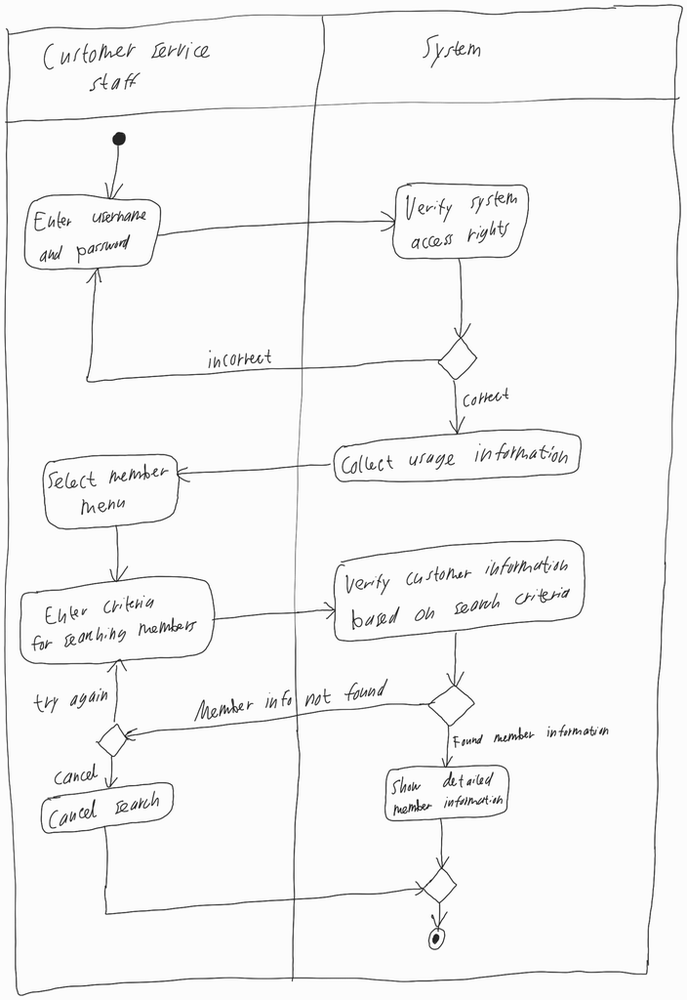
Diagram type: activity_diagram
```plantuml
@startuml

|Customer Service Staff|

start

repeat:Enter username and password;
  |System|
  :Verify system access rights;
repeat while () is (incorrect) not (correct)

:Collect usage information;

|Customer Service Staff|

:Select member menu;

repeat:Enter criteria for searching members;
  |System|
  :Verify customer information based on search criteria;
  if () then (Found member information)
    :Show detailed member information;
    stop
  else (Member info not found)
    |Customer Service Staff|
    if () then (cancel)
      :Cancel search;
      |System|
      stop
    endif
  endif
|Customer Service Staff|
repeat while () is (try again)

@enduml
```